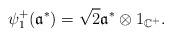
LaTeX: \begin{align*}\begin{aligned}\psi^{+}_{1}(\mathfrak{a}^{*})=\sqrt{2}\mathfrak{a}^{*}\otimes 1_{\mathbb{C}^{+}}.\end{aligned}\end{align*}